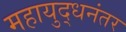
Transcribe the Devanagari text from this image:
महायुद्धनंतर